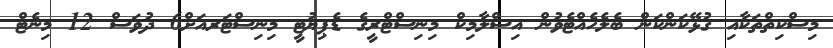
މިސްކިތްތަކާއި ގުޅޭކަންކަން ބެލެހެއްޓެވުން އިސްލާމިކް މިނިސްޓްރީގެ ޑެޕިޔުޓީ މިނިސްޓަރއަށް6 ދުވަސް 12 މިނެޓް